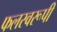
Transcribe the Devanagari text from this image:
फलस्वरूपी